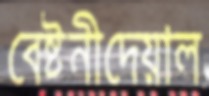
বেষ্টনীদেয়াল